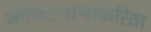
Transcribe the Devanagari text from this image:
जनकल्याणाकरिता